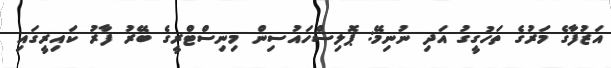
އަޒުފާގެ މަރުގެ ތަހުގީގު އަދި ނުނިމޭ: ޕޮލިސްހައުސިން މިނިސްޓްރީގެ ބޭރު ފާރު ކައިރީގައި